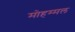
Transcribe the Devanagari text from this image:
मोहम्मल